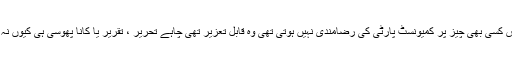
جس کسی بھی چیز پر کمیونسٹ پارٹی کی رضامندی نہیں ہوتی تھی وہ قابلِ تعزیر تھی چاہے تحریر ، تقریر یا کانا پھوسی ہی کیوں نہ ہو۔